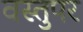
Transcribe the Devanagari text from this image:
वस्तुपर